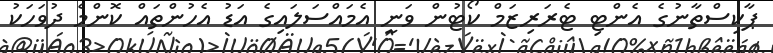
ޕާކިސްތާނުގެ އެންޓި ޓެރަރިޒަމް ކޯޓުން ވަނީ އެމައްސަލައިގެ އަޑު އެހުންތައް ކޮންމެ ދުވަހަކު